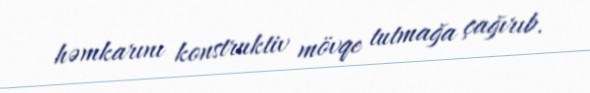
həmkarını konstruktiv mövqe tutmağa çağırıb.